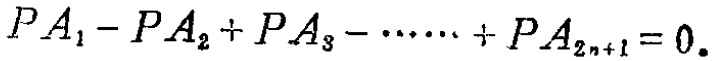
\[PA_{1}-PA_{2}+PA_{3}-\cdots\cdots +PA_{2n + 1}=0.\]